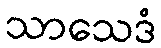
သာသေဒံ